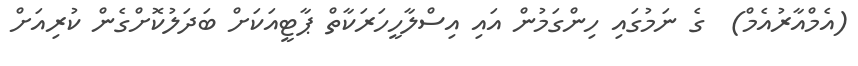
(އެމްއާރުއެމް)  ގެ ނަމުގައި ހިންގަމުން އައި އިސްލާހީހަރަކާތް ޕާޓީއަކަށް ބަދަލުކޮށްގެން ކުރިއަށް